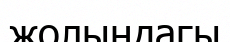
жолындагы